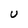
Character: U